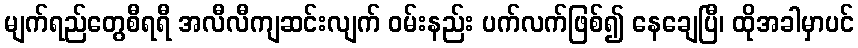
မျက်ရည်တွေစီရရီ အလီလီကျဆင်းလျက် ဝမ်းနည်း ပက်လက်ဖြစ်၍ နေချေပြီ၊ ထိုအခါမှာပင်